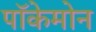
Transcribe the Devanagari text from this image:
पॉकेमोन